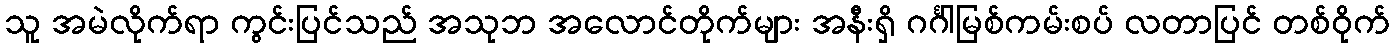
သူ အမဲလိုက်ရာ ကွင်းပြင်သည် အသုဘ အလောင်တိုက်များ အနီးရှိ ဂင်္ဂါမြစ်ကမ်းစပ် လတာပြင် တစ်ဝိုက်